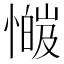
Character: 𫻅